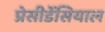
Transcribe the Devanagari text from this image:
प्रेसीडेंसियाल